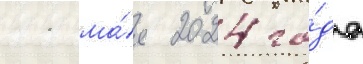
11 ма́я 2024 го́да